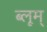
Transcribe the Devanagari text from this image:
ब्लूम्